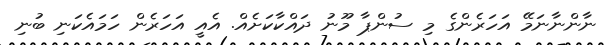
ނާންނާނަމޭ އަހަރެންގެ މި ސުންޕާ މޫނު ދައްކާކަށެއް. އެއީ އަހަރެން ހަމައެކަނި ބުނި